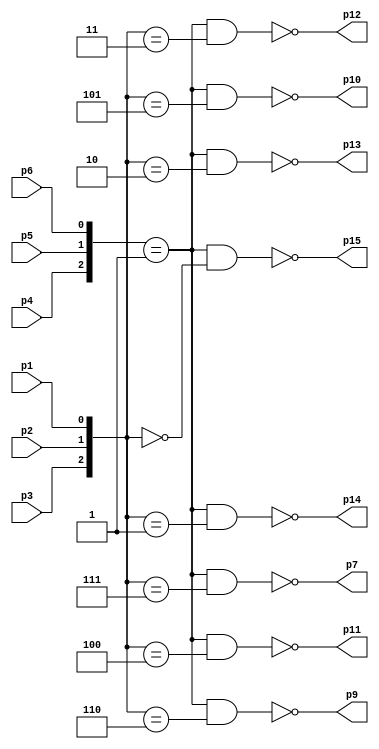
/////////////////////////////////////////
// 74HC138 - 3-to-8 line decoder/demultiplexer; inverting
//
// Antonio Sanchez (@TheSonders)
////////////////////////////////////////

module HC138(
    input wire p1,p2,p3,p4,p5,p6,
    output wire p15,p14,p13,p12,p11,p10,p9,p7
);

assign p15=~(({p4,p5,p6}==3'b001)&({p3,p2,p1}==3'b000));
assign p14=~(({p4,p5,p6}==3'b001)&({p3,p2,p1}==3'b001));
assign p13=~(({p4,p5,p6}==3'b001)&({p3,p2,p1}==3'b010));
assign p12=~(({p4,p5,p6}==3'b001)&({p3,p2,p1}==3'b011));
assign p11=~(({p4,p5,p6}==3'b001)&({p3,p2,p1}==3'b100));
assign p10=~(({p4,p5,p6}==3'b001)&({p3,p2,p1}==3'b101));
assign  p9=~(({p4,p5,p6}==3'b001)&({p3,p2,p1}==3'b110));
assign  p7=~(({p4,p5,p6}==3'b001)&({p3,p2,p1}==3'b111));
endmodule